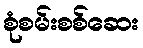
စုံစမ်းစစ်ဆေး